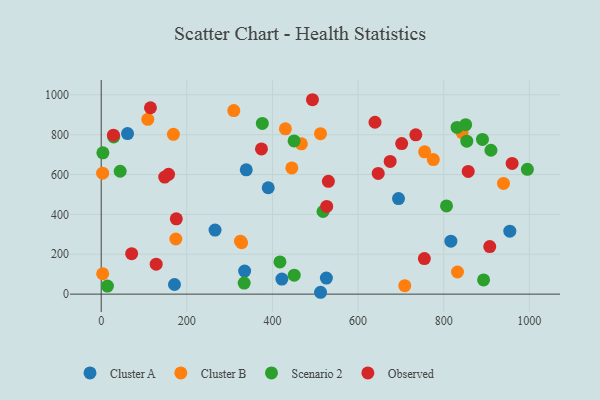
{"axis": {"x": "Ad Spend", "y": "Rating"}, "legend": ["Cluster A", "Cluster B", "Observed", "Scenario 2"], "data": [{"x": "265.9", "y": 321.3, "type": "Cluster A"}, {"x": "816.7", "y": 265.7, "type": "Cluster A"}, {"x": "525.9", "y": 80.5, "type": "Cluster A"}, {"x": "338.8", "y": 623.8, "type": "Cluster A"}, {"x": "512.3", "y": 9.3, "type": "Cluster A"}, {"x": "390.1", "y": 533.6, "type": "Cluster A"}, {"x": "171.1", "y": 48.2, "type": "Cluster A"}, {"x": "335.0", "y": 115.6, "type": "Cluster A"}, {"x": "61.5", "y": 805.4, "type": "Cluster A"}, {"x": "694.4", "y": 479.4, "type": "Cluster A"}, {"x": "954.4", "y": 316.0, "type": "Cluster A"}, {"x": "422.0", "y": 75.3, "type": "Cluster A"}, {"x": "3.3", "y": 606.7, "type": "Cluster B"}, {"x": "108.8", "y": 876.8, "type": "Cluster B"}, {"x": "309.7", "y": 921.0, "type": "Cluster B"}, {"x": "775.7", "y": 675.2, "type": "Cluster B"}, {"x": "843.0", "y": 809.9, "type": "Cluster B"}, {"x": "325.3", "y": 265.9, "type": "Cluster B"}, {"x": "832.2", "y": 111.1, "type": "Cluster B"}, {"x": "709.0", "y": 42.3, "type": "Cluster B"}, {"x": "174.3", "y": 276.5, "type": "Cluster B"}, {"x": "467.6", "y": 754.2, "type": "Cluster B"}, {"x": "512.2", "y": 805.1, "type": "Cluster B"}, {"x": "3.4", "y": 102.3, "type": "Cluster B"}, {"x": "445.2", "y": 632.9, "type": "Cluster B"}, {"x": "939.6", "y": 555.6, "type": "Cluster B"}, {"x": "430.2", "y": 829.4, "type": "Cluster B"}, {"x": "328.0", "y": 257.8, "type": "Cluster B"}, {"x": "755.4", "y": 713.7, "type": "Cluster B"}, {"x": "168.6", "y": 801.6, "type": "Cluster B"}, {"x": "995.4", "y": 625.9, "type": "Scenario 2"}, {"x": "29.2", "y": 788.4, "type": "Scenario 2"}, {"x": "890.5", "y": 776.2, "type": "Scenario 2"}, {"x": "3.9", "y": 708.9, "type": "Scenario 2"}, {"x": "14.6", "y": 40.6, "type": "Scenario 2"}, {"x": "910.3", "y": 721.7, "type": "Scenario 2"}, {"x": "376.3", "y": 856.5, "type": "Scenario 2"}, {"x": "417.5", "y": 161.4, "type": "Scenario 2"}, {"x": "851.3", "y": 850.1, "type": "Scenario 2"}, {"x": "450.5", "y": 768.8, "type": "Scenario 2"}, {"x": "853.9", "y": 767.4, "type": "Scenario 2"}, {"x": "44.3", "y": 616.4, "type": "Scenario 2"}, {"x": "450.8", "y": 95.2, "type": "Scenario 2"}, {"x": "831.1", "y": 836.2, "type": "Scenario 2"}, {"x": "518.1", "y": 414.5, "type": "Scenario 2"}, {"x": "333.9", "y": 55.4, "type": "Scenario 2"}, {"x": "893.1", "y": 71.4, "type": "Scenario 2"}, {"x": "806.5", "y": 442.7, "type": "Scenario 2"}, {"x": "28.6", "y": 797.3, "type": "Observed"}, {"x": "175.4", "y": 377.8, "type": "Observed"}, {"x": "734.8", "y": 799.4, "type": "Observed"}, {"x": "526.7", "y": 439.9, "type": "Observed"}, {"x": "857.2", "y": 615.6, "type": "Observed"}, {"x": "701.8", "y": 755.3, "type": "Observed"}, {"x": "674.9", "y": 665.7, "type": "Observed"}, {"x": "647.0", "y": 605.5, "type": "Observed"}, {"x": "530.6", "y": 565.9, "type": "Observed"}, {"x": "157.3", "y": 601.0, "type": "Observed"}, {"x": "959.8", "y": 655.9, "type": "Observed"}, {"x": "128.4", "y": 150.1, "type": "Observed"}, {"x": "639.5", "y": 862.2, "type": "Observed"}, {"x": "493.4", "y": 975.3, "type": "Observed"}, {"x": "115.0", "y": 935.0, "type": "Observed"}, {"x": "148.3", "y": 587.2, "type": "Observed"}, {"x": "907.5", "y": 238.4, "type": "Observed"}, {"x": "71.1", "y": 202.8, "type": "Observed"}, {"x": "374.3", "y": 728.6, "type": "Observed"}, {"x": "754.8", "y": 178.6, "type": "Observed"}]}